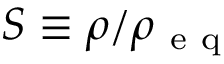
S \equiv \rho / \rho _ { \mathrm { ~ e ~ q ~ } }